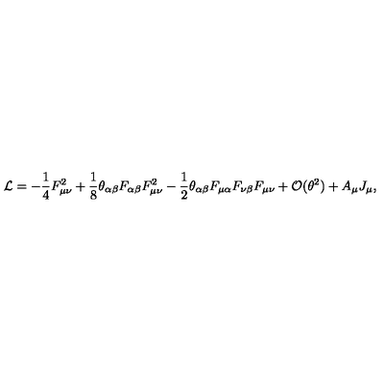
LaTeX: { \cal L } = - \frac 1 4 F _ { \mu \nu } ^ { 2 } + \frac 1 8 \theta _ { \alpha \beta } F _ { \alpha \beta } F _ { \mu \nu } ^ { 2 } - \frac 1 2 \theta _ { \alpha \beta } F _ { \mu \alpha } F _ { \nu \beta } F _ { \mu \nu } + { \cal O } ( \theta ^ { 2 } ) + A _ { \mu } J _ { \mu } ,